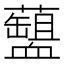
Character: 𧗘